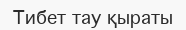
Тибет тау қыраты